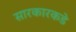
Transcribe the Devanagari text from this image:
सारकारकडे